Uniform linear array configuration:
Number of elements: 64
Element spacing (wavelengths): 0.25
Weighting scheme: exponential
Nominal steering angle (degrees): -45
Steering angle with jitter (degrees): -43.904
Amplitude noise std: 0.05
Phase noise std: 0.05

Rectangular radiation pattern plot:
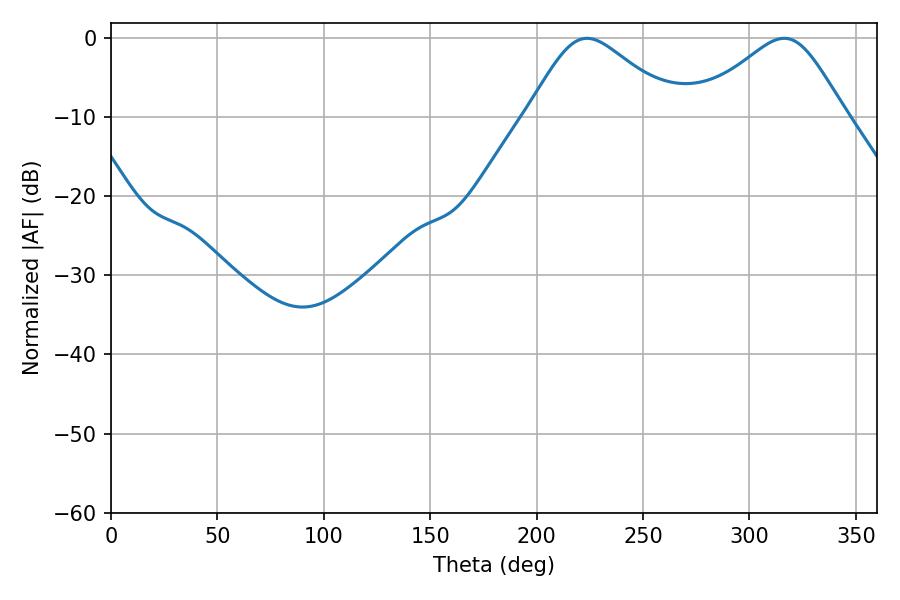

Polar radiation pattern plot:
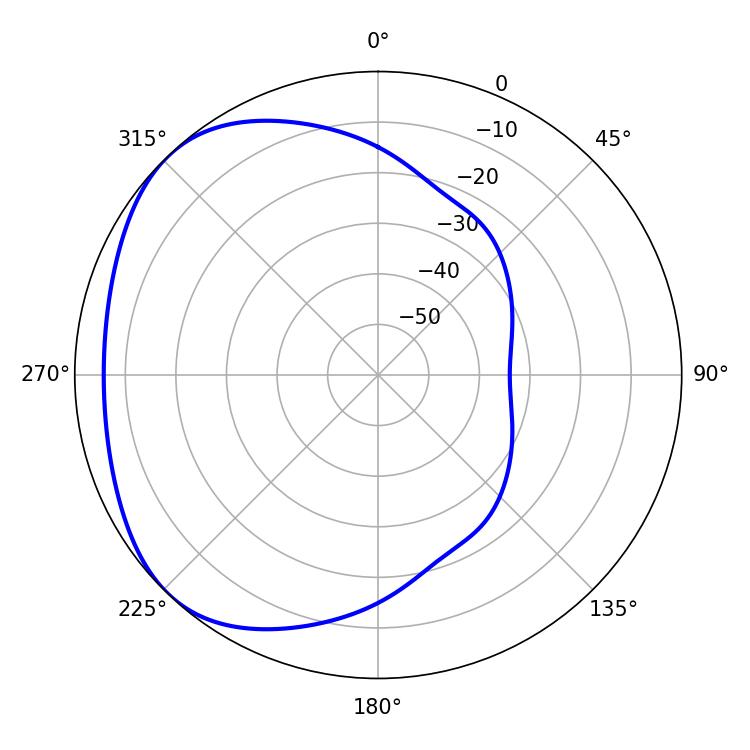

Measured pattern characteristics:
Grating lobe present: FALSE
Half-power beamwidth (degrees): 34.56
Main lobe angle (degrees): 223.74